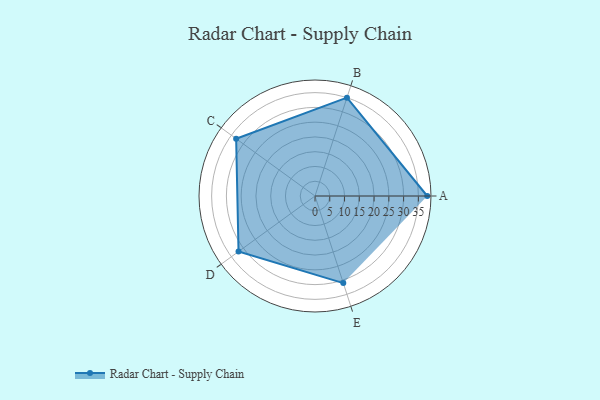
{"axis": {"x": "Skill", "y": "Score"}, "legend": ["Profile"], "data": [{"x": "A", "y": 38.0, "type": "Profile"}, {"x": "B", "y": 35.0, "type": "Profile"}, {"x": "C", "y": 33.0, "type": "Profile"}, {"x": "D", "y": 32.0, "type": "Profile"}, {"x": "E", "y": 31.0, "type": "Profile"}]}